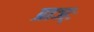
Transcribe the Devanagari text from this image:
प्राञ्ः